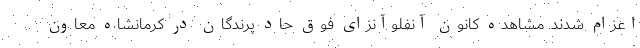
اعزام شدند. مشاهده کانون آنفلوآنزای فوق حاد پرندگان در کرمانشاه معاون